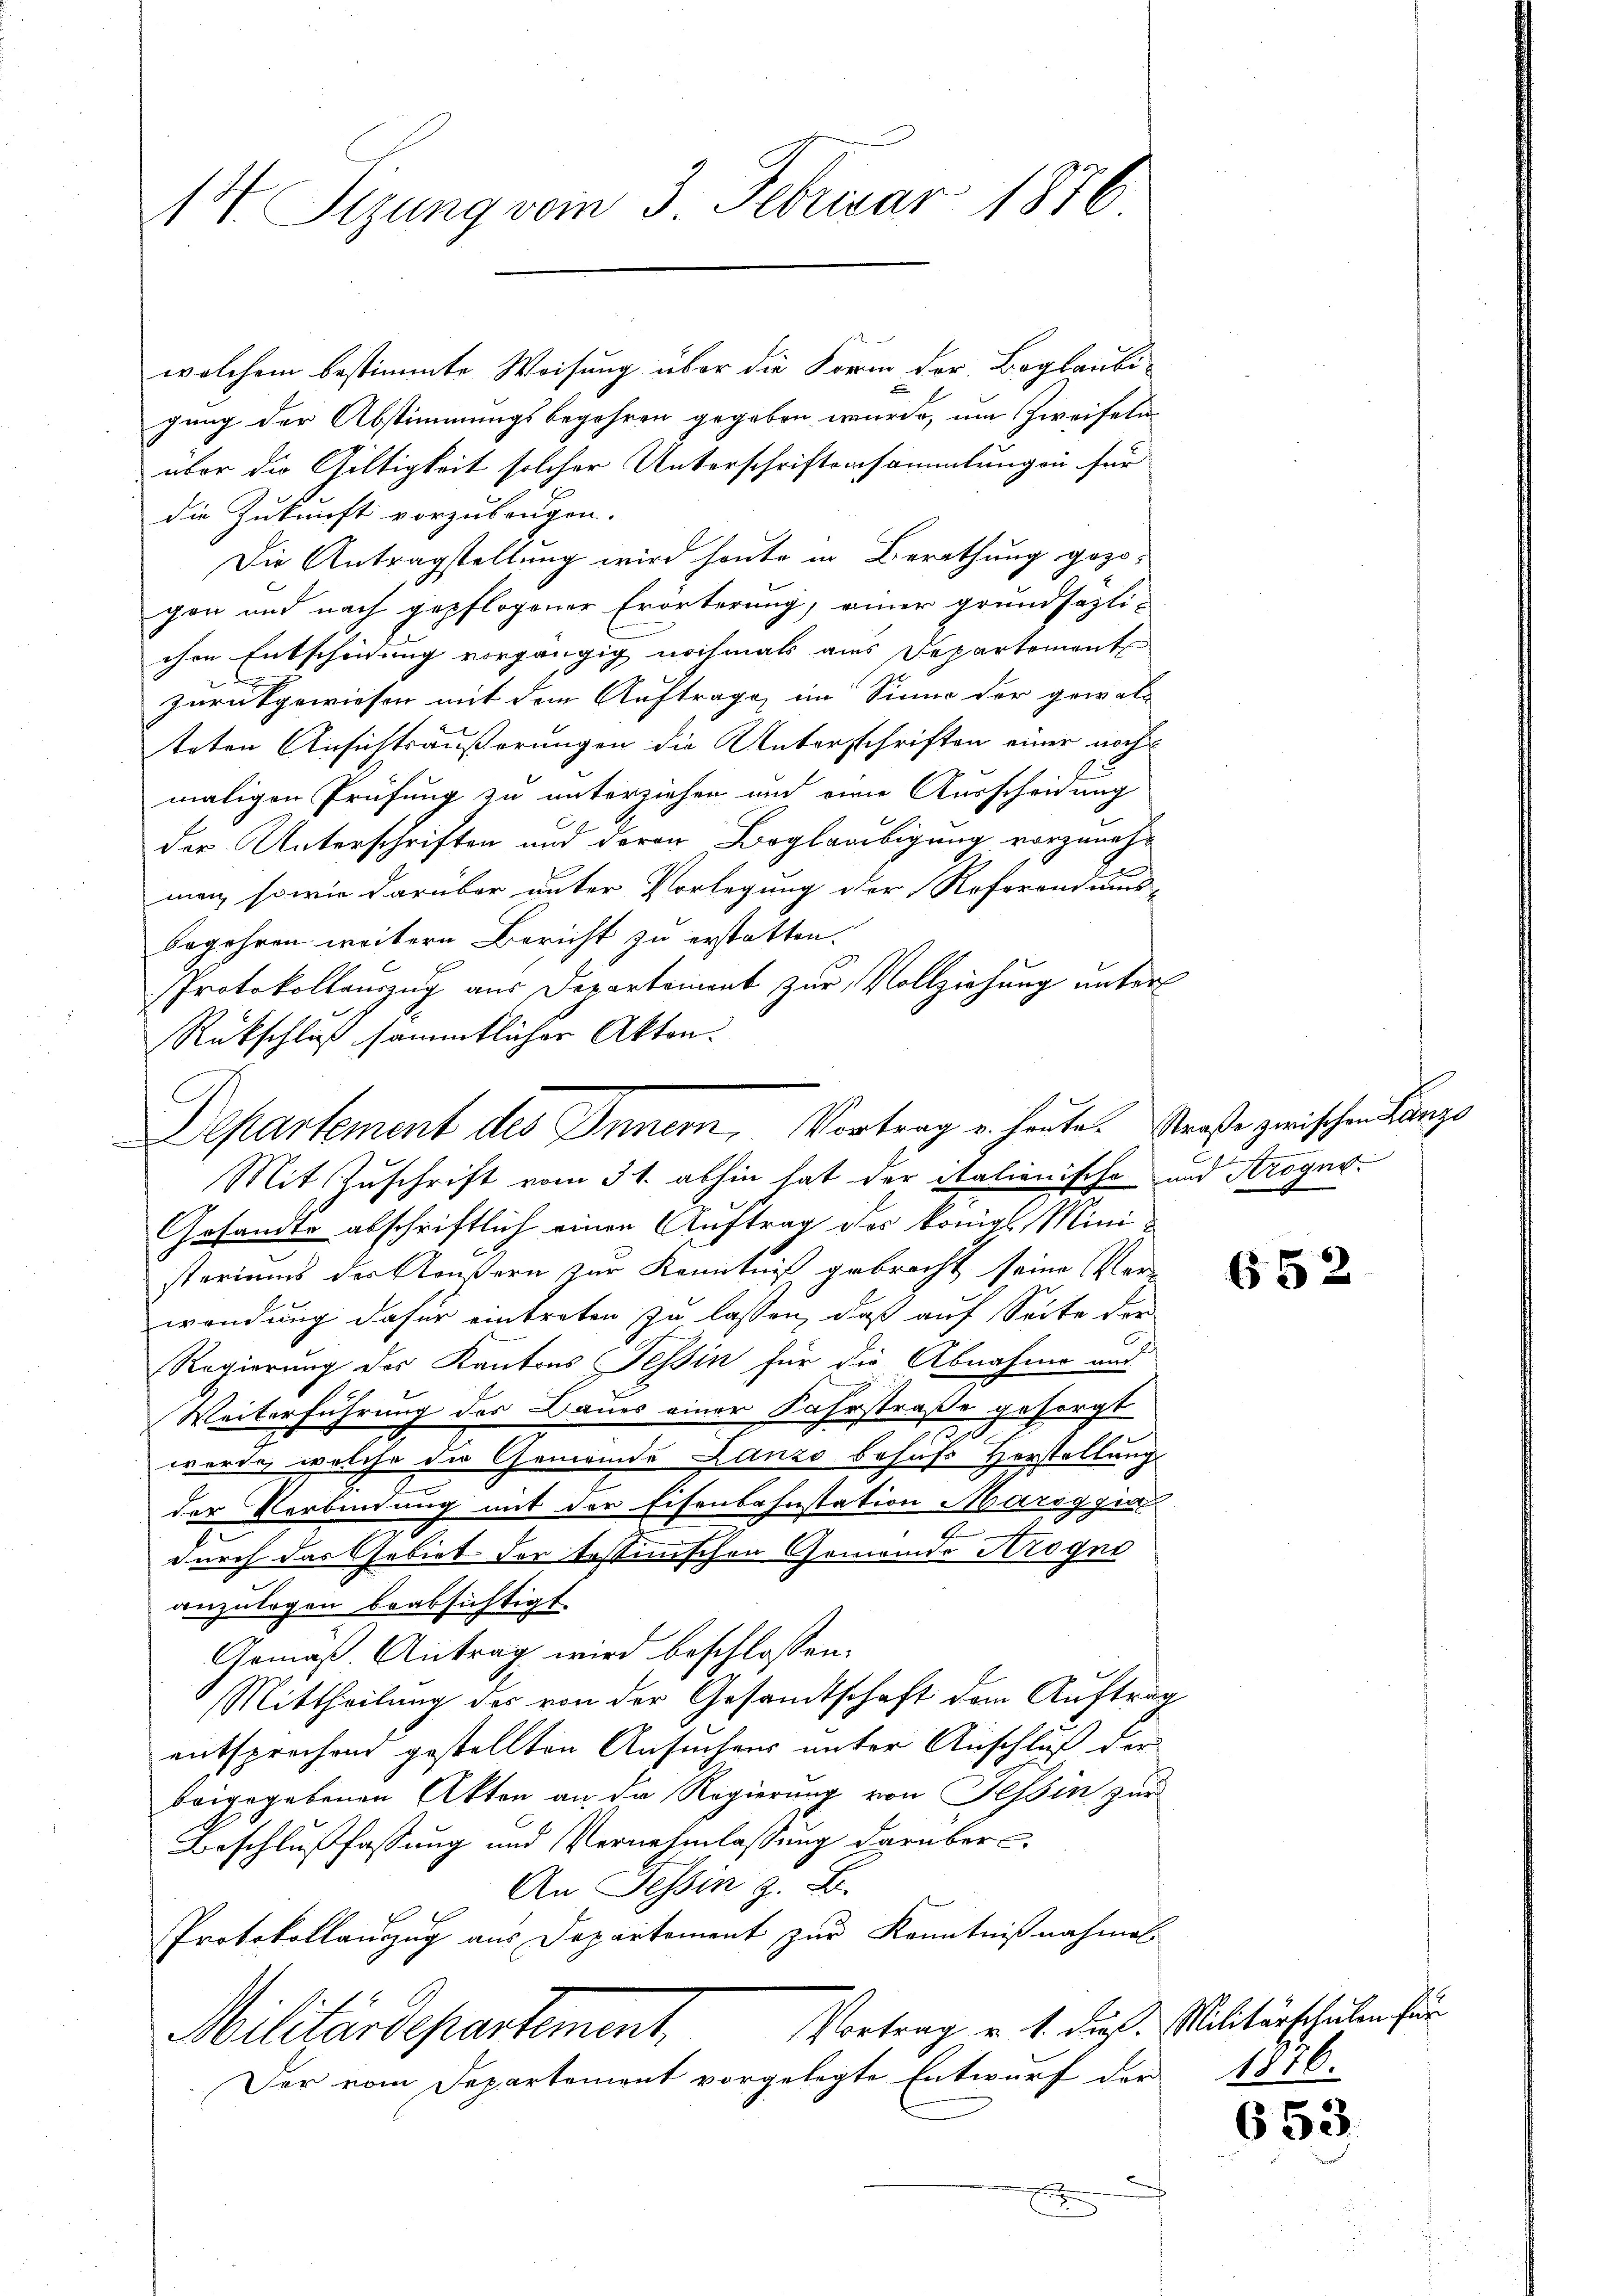
14. Sizung vom 3. Februar 1876

welchem bestimmte Weisung über die Form der Beglaubi-
gung der Abstimmungsbegehren gegeben wurde, um Zweifeln
über die Gültigkeit solcher Unterschriftersammlungen für
die Zukunft vorzubeugen.
Die Antragstellung wird heute in Berathung gezogen und nach gepflogener Erörterung, einer grundsazti-
chen Entscheidung vorgängig nochmals aus Departement
zurückgewiesen mit dem Auftrage, im Sinne der gewal-
teten Ansichtsäußerungen die Unterschriften einer noch
maligen Prüfung zu unterziehen und eine Ausscheidung
der Unterschriften und deren Beglaubigung vorzunehman, sowie darüber unter Vorlegung der Referandums-
begehren weitern Bericht zu erstatten.
Protokollauszug aus Departement zur Vollziehung unterl
Rückschluß sämmtlicher Akten.
Mit Zuschrift vom 31. abhin hat der italienische und Arogno
Gesandte abschriftlich einen Auftrag des königl. Ministoriums der Aeußern zur Kenntniß gebracht seine Ver-
wendung dafür eintreten zu lassen, daß auf Seite der
Regierung des Kantons Tessin für die Abnahme und
Weiterführung des Baues einer Fahrstraße gesorgt
werde, welche die Gemeinde Lanzo behufs Herstellung
der Verbindung mit der Eisenbahnstation Maroggia

durch das Gebiet der testinischen Gemeinde Krogni
anzulegen beabsichtigt.
Gemäß Antrag wird beschlossen:
Mittheilung des von der Gesandtschaft dem Auftrag
entsprechend gestellten Ansuchens unter Anschluß der
beigegebenen Akten an, da Regierung von Tessin zur
Beschlußfassung und Vernehmlassung darüber
An Tessin z. B.
Protokollauszug aus Departement zur Kenntnißnahmal
Vortrag u. s. dieß. Militärschulen für
Militärdepartement.
Der vom Departement vorgelegte Entwurf der

Departement des Innern, Vortrag u. heute. Straße zwischen Lanze

x

.

652

1816.

653.